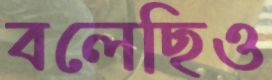
বলেছিও